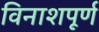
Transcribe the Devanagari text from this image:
विनाशपूर्ण